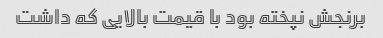
برنجش نپخته بود با قیمت بالایی که داشت